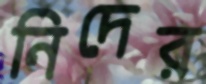
নিদের